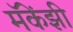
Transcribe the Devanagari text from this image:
मॅकेंझी